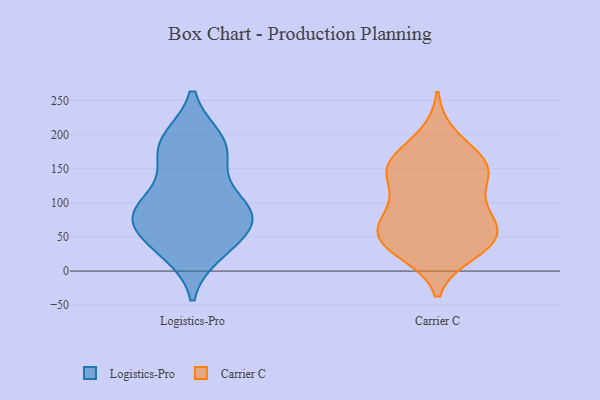
{"axis": {"x": "Inventory Turnover", "y": "Value"}, "legend": ["Carrier C", "Logistics-Pro"], "data": [{"x": "", "y": 192, "type": "Logistics-Pro"}, {"x": "", "y": 151, "type": "Logistics-Pro"}, {"x": "", "y": 32, "type": "Logistics-Pro"}, {"x": "", "y": 88, "type": "Logistics-Pro"}, {"x": "", "y": 166, "type": "Logistics-Pro"}, {"x": "", "y": 190, "type": "Logistics-Pro"}, {"x": "", "y": 56, "type": "Logistics-Pro"}, {"x": "", "y": 83, "type": "Logistics-Pro"}, {"x": "", "y": 190, "type": "Logistics-Pro"}, {"x": "", "y": 94, "type": "Logistics-Pro"}, {"x": "", "y": 95, "type": "Logistics-Pro"}, {"x": "", "y": 28, "type": "Logistics-Pro"}, {"x": "", "y": 83, "type": "Logistics-Pro"}, {"x": "", "y": 84, "type": "Logistics-Pro"}, {"x": "", "y": 50, "type": "Logistics-Pro"}, {"x": "", "y": 99, "type": "Carrier C"}, {"x": "", "y": 90, "type": "Carrier C"}, {"x": "", "y": 197, "type": "Carrier C"}, {"x": "", "y": 28, "type": "Carrier C"}, {"x": "", "y": 148, "type": "Carrier C"}, {"x": "", "y": 84, "type": "Carrier C"}, {"x": "", "y": 157, "type": "Carrier C"}, {"x": "", "y": 143, "type": "Carrier C"}, {"x": "", "y": 58, "type": "Carrier C"}, {"x": "", "y": 147, "type": "Carrier C"}, {"x": "", "y": 56, "type": "Carrier C"}, {"x": "", "y": 166, "type": "Carrier C"}, {"x": "", "y": 61, "type": "Carrier C"}, {"x": "", "y": 43, "type": "Carrier C"}, {"x": "", "y": 41, "type": "Carrier C"}, {"x": "", "y": 35, "type": "Carrier C"}, {"x": "", "y": 146, "type": "Carrier C"}]}